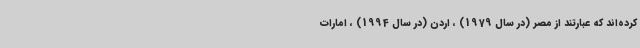
کرده‌اند که عبارتند از مصر (در سال 1979) ، اردن (در سال 1994) ، امارات